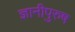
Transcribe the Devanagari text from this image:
ज्ञानीपुरुष